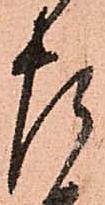
左